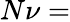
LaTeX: N\nu=